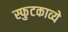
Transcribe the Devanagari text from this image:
स्फुटकाव्ये